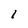
Character: I